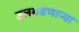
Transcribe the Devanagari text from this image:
उलगडणार्‍या